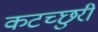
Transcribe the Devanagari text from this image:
कटच्छुरी